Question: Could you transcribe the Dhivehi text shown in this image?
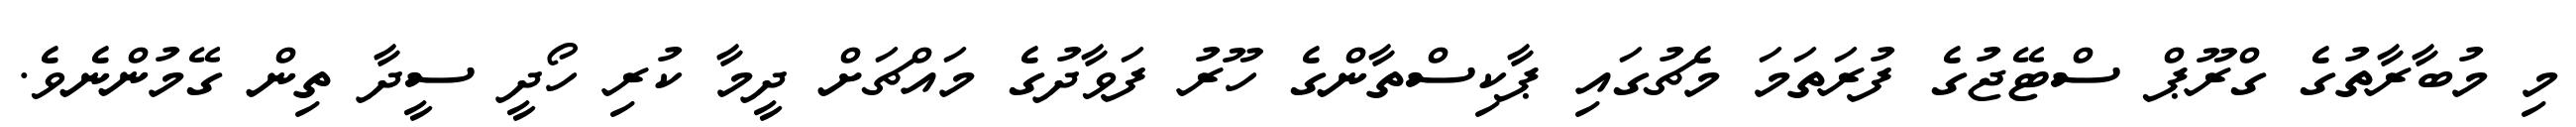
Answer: މި މުބާރާތުގެ ގްރޫޕް ސްޓޭޖުގެ ފުރަތަމަ މެޗުގައި ޕާކިސްތާންގެ ހޫރު ފަވާދުގެ މައްޗަށް ދީމާ ކުރި ހޯދީ ސީދާ ތިން ގޭމުންނެވެ.